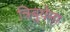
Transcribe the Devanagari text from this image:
त्रिबुयेना